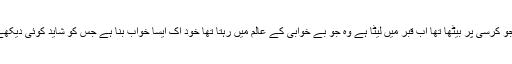
ہ جو کرسی پر بیٹھا تھا اب قبر میں لیٹا ہے وہ جو بے خوابی کے عالم میں رہتا تھا خود اک ایسا خواب بنا ہے جس کو شاید کوئی دیکھے!